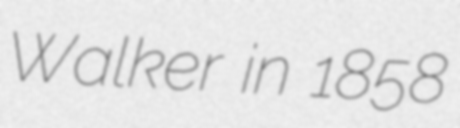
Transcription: Walker in 1858